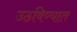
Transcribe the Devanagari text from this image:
उठविण्यात